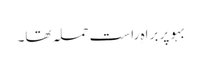
بہو پر براہِ راست حملہ تھا۔